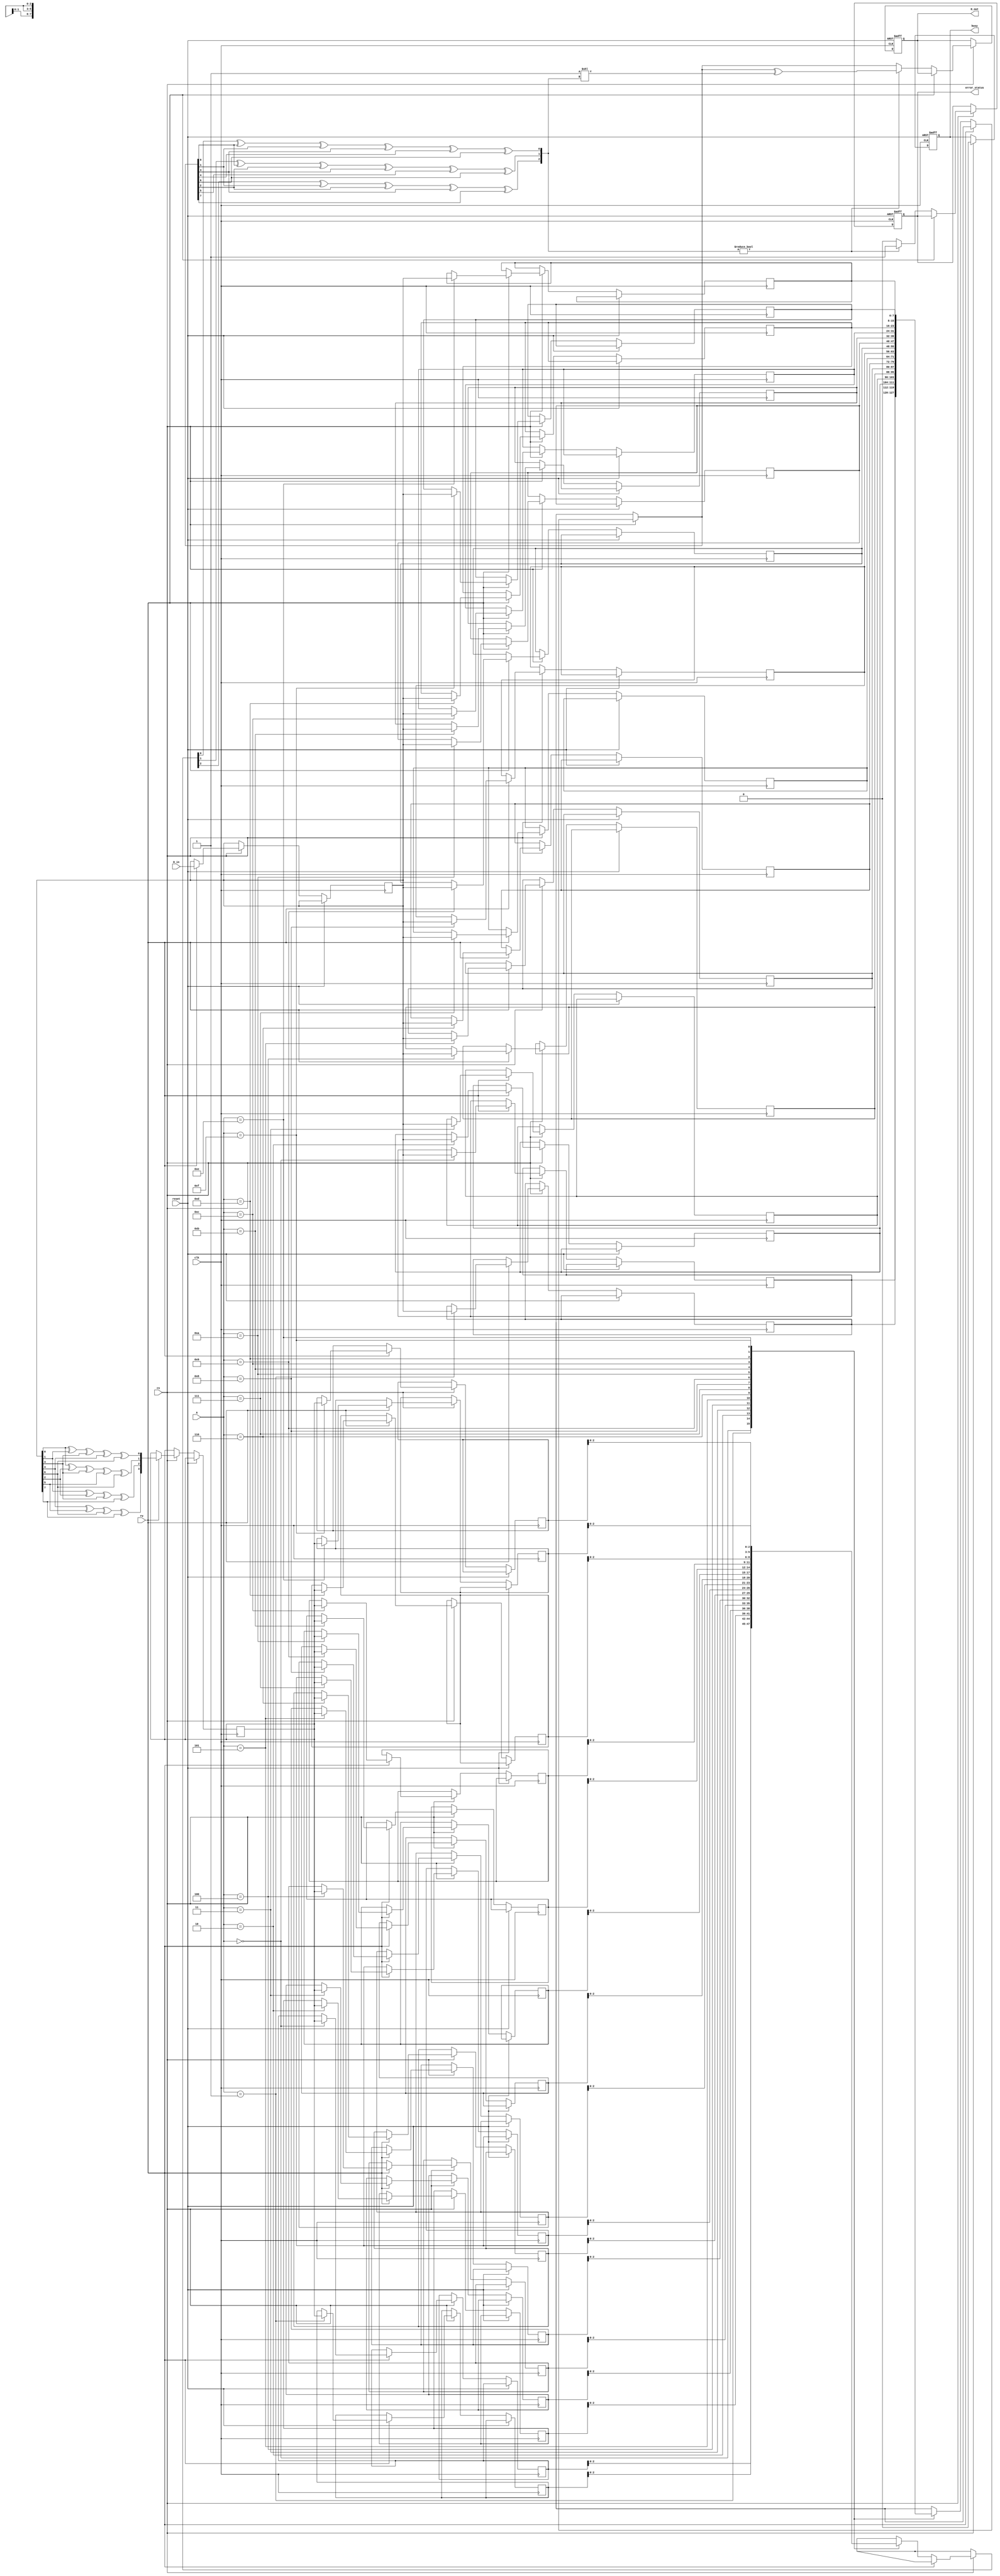
module ecc_dram_io_block (
    input wire clk,
    input wire reset,
    input wire cs,               // Chip Select
    input wire rw,               // Read/Write Control (1 for write, 0 for read)
    input wire [7:0] D_in,       // Input Data Lines (8 bits)
    input wire [3:0] A,          // Address Lines (4 bits)
    output reg [7:0] D_out,      // Output Data Lines (8 bits)
    output reg busy,             // Busy Signal
    output reg error_status      // Error Status Signal
);

    reg [7:0] data_buffer;       // Input Buffer
    reg [3:0] ecc_buffer;        // ECC Buffer (4 bits for Hamming)
    reg [7:0] mem [15:0];        // Memory Array (16 x 8 bits)
    reg [3:0] ecc_mem [15:0];    // ECC Memory Array (16 x 4 bits)
    
    // ECC Encoder (Hamming Code)
    function [3:0] ecc_encoder(input [7:0] data);
        // Example Hamming(8,4) encoding for simplicity
        reg [3:0] ecc;
        begin
            ecc[0] = data[0] ^ data[1] ^ data[3] ^ data[4] ^ data[6];
            ecc[1] = data[0] ^ data[2] ^ data[3] ^ data[5] ^ data[6];
            ecc[2] = data[1] ^ data[2] ^ data[3] ^ data[7];
            ecc[3] = data[4] ^ data[5] ^ data[6] ^ data[7];
            ecc_encoder = ecc;
        end
    endfunction

    // ECC Decoder
    function [7:0] ecc_decoder(input [7:0] data, input [3:0] ecc);
        // Example Hamming(8,4) error detection and correction
        reg [2:0] syndrome;
        reg [7:0] corrected_data;
        begin
            // Calculate syndrome
            syndrome[0] = ecc[0] ^ data[0] ^ data[1] ^ data[3] ^ data[4] ^ data[6];
            syndrome[1] = ecc[1] ^ data[0] ^ data[2] ^ data[3] ^ data[5] ^ data[6];
            syndrome[2] = ecc[2] ^ data[1] ^ data[2] ^ data[3] ^ data[7];
            
            // Check for errors
            if (syndrome != 3'b000) begin
                // Error detected, correct the error
                corrected_data = data ^ (1 << syndrome); // Correct the bit at the syndrome index
                error_status = 1'b1; // Set error status
            end else begin
                corrected_data = data; // No error
                error_status = 1'b0; // Clear error status
            end
            ecc_decoder = corrected_data;
        end
    endfunction

    // Main I/O Block Logic
    always @(posedge clk or posedge reset) begin
        if (reset) begin
            busy <= 1'b0;
            D_out <= 8'b0;
            error_status <= 1'b0;
        end else if (cs) begin
            busy <= 1'b1;
            if (rw) begin // Write Operation
                data_buffer <= D_in; // Store input data
                ecc_buffer <= ecc_encoder(data_buffer); // Generate ECC
                mem[A] <= data_buffer; // Store data in memory
                ecc_mem[A] <= ecc_buffer; // Store ECC in memory
            end else begin // Read Operation
                D_out <= ecc_decoder(mem[A], ecc_mem[A]); // Read data and correct if necessary
            end
            busy <= 1'b0; // Operation complete
        end
    end

endmodule